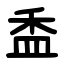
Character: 盉